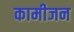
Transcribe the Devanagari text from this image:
कामीजन